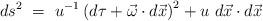
LaTeX: \begin{align*}ds^2~=~u^{-1} \left( d\tau + \vec{\omega} \cdot d\vec{x} \right) ^2 + u~d\vec{x} \cdot d\vec{x}\end{align*}